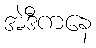
အဲဒီကနေ